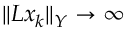
\| L x _ { k } \| _ { Y } \rightarrow \infty